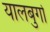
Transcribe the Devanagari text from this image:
यालबुर्गा